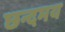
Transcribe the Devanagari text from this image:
छन्दमय